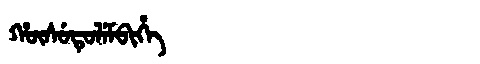
Manchu: ᡥᡡᠰᡠᡨᡠᠯᡝᠮᠪᡳᡥᡝ
Romanization: HŪSUTULEMBIHE